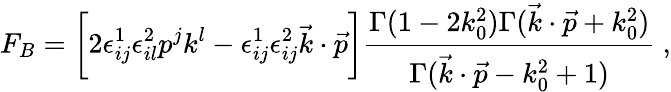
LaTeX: F_{B}=\bigg[2\epsilon_{ij}^{1}\epsilon_{il}^{2}p^{j}k^{l}-\epsilon_{ij}^{1}\epsilon_{ij}^{2}\vec{k}\cdot\vec{p}\bigg]{\frac{\Gamma(1-2k_{0}^{2})\Gamma(\vec{k}\cdot\vec{p}+k_{0}^{2})}{\Gamma(\vec{k}\cdot\vec{p}-k_{0}^{2}+1)}}\ ,